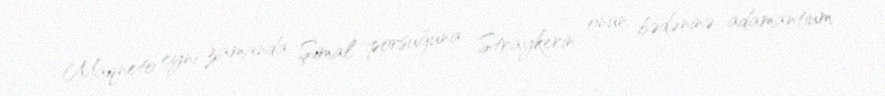
Maqneto eyni zamanda Şimal porsuğuna Straykerin onun bədəninə adamantium